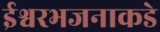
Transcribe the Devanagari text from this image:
ईश्वरभजनाकडे